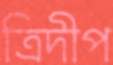
ত্রিদীপ